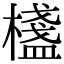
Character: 𣛷